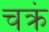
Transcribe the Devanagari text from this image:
चक्रं